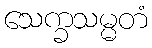
သေက္ခသမ္မတံ